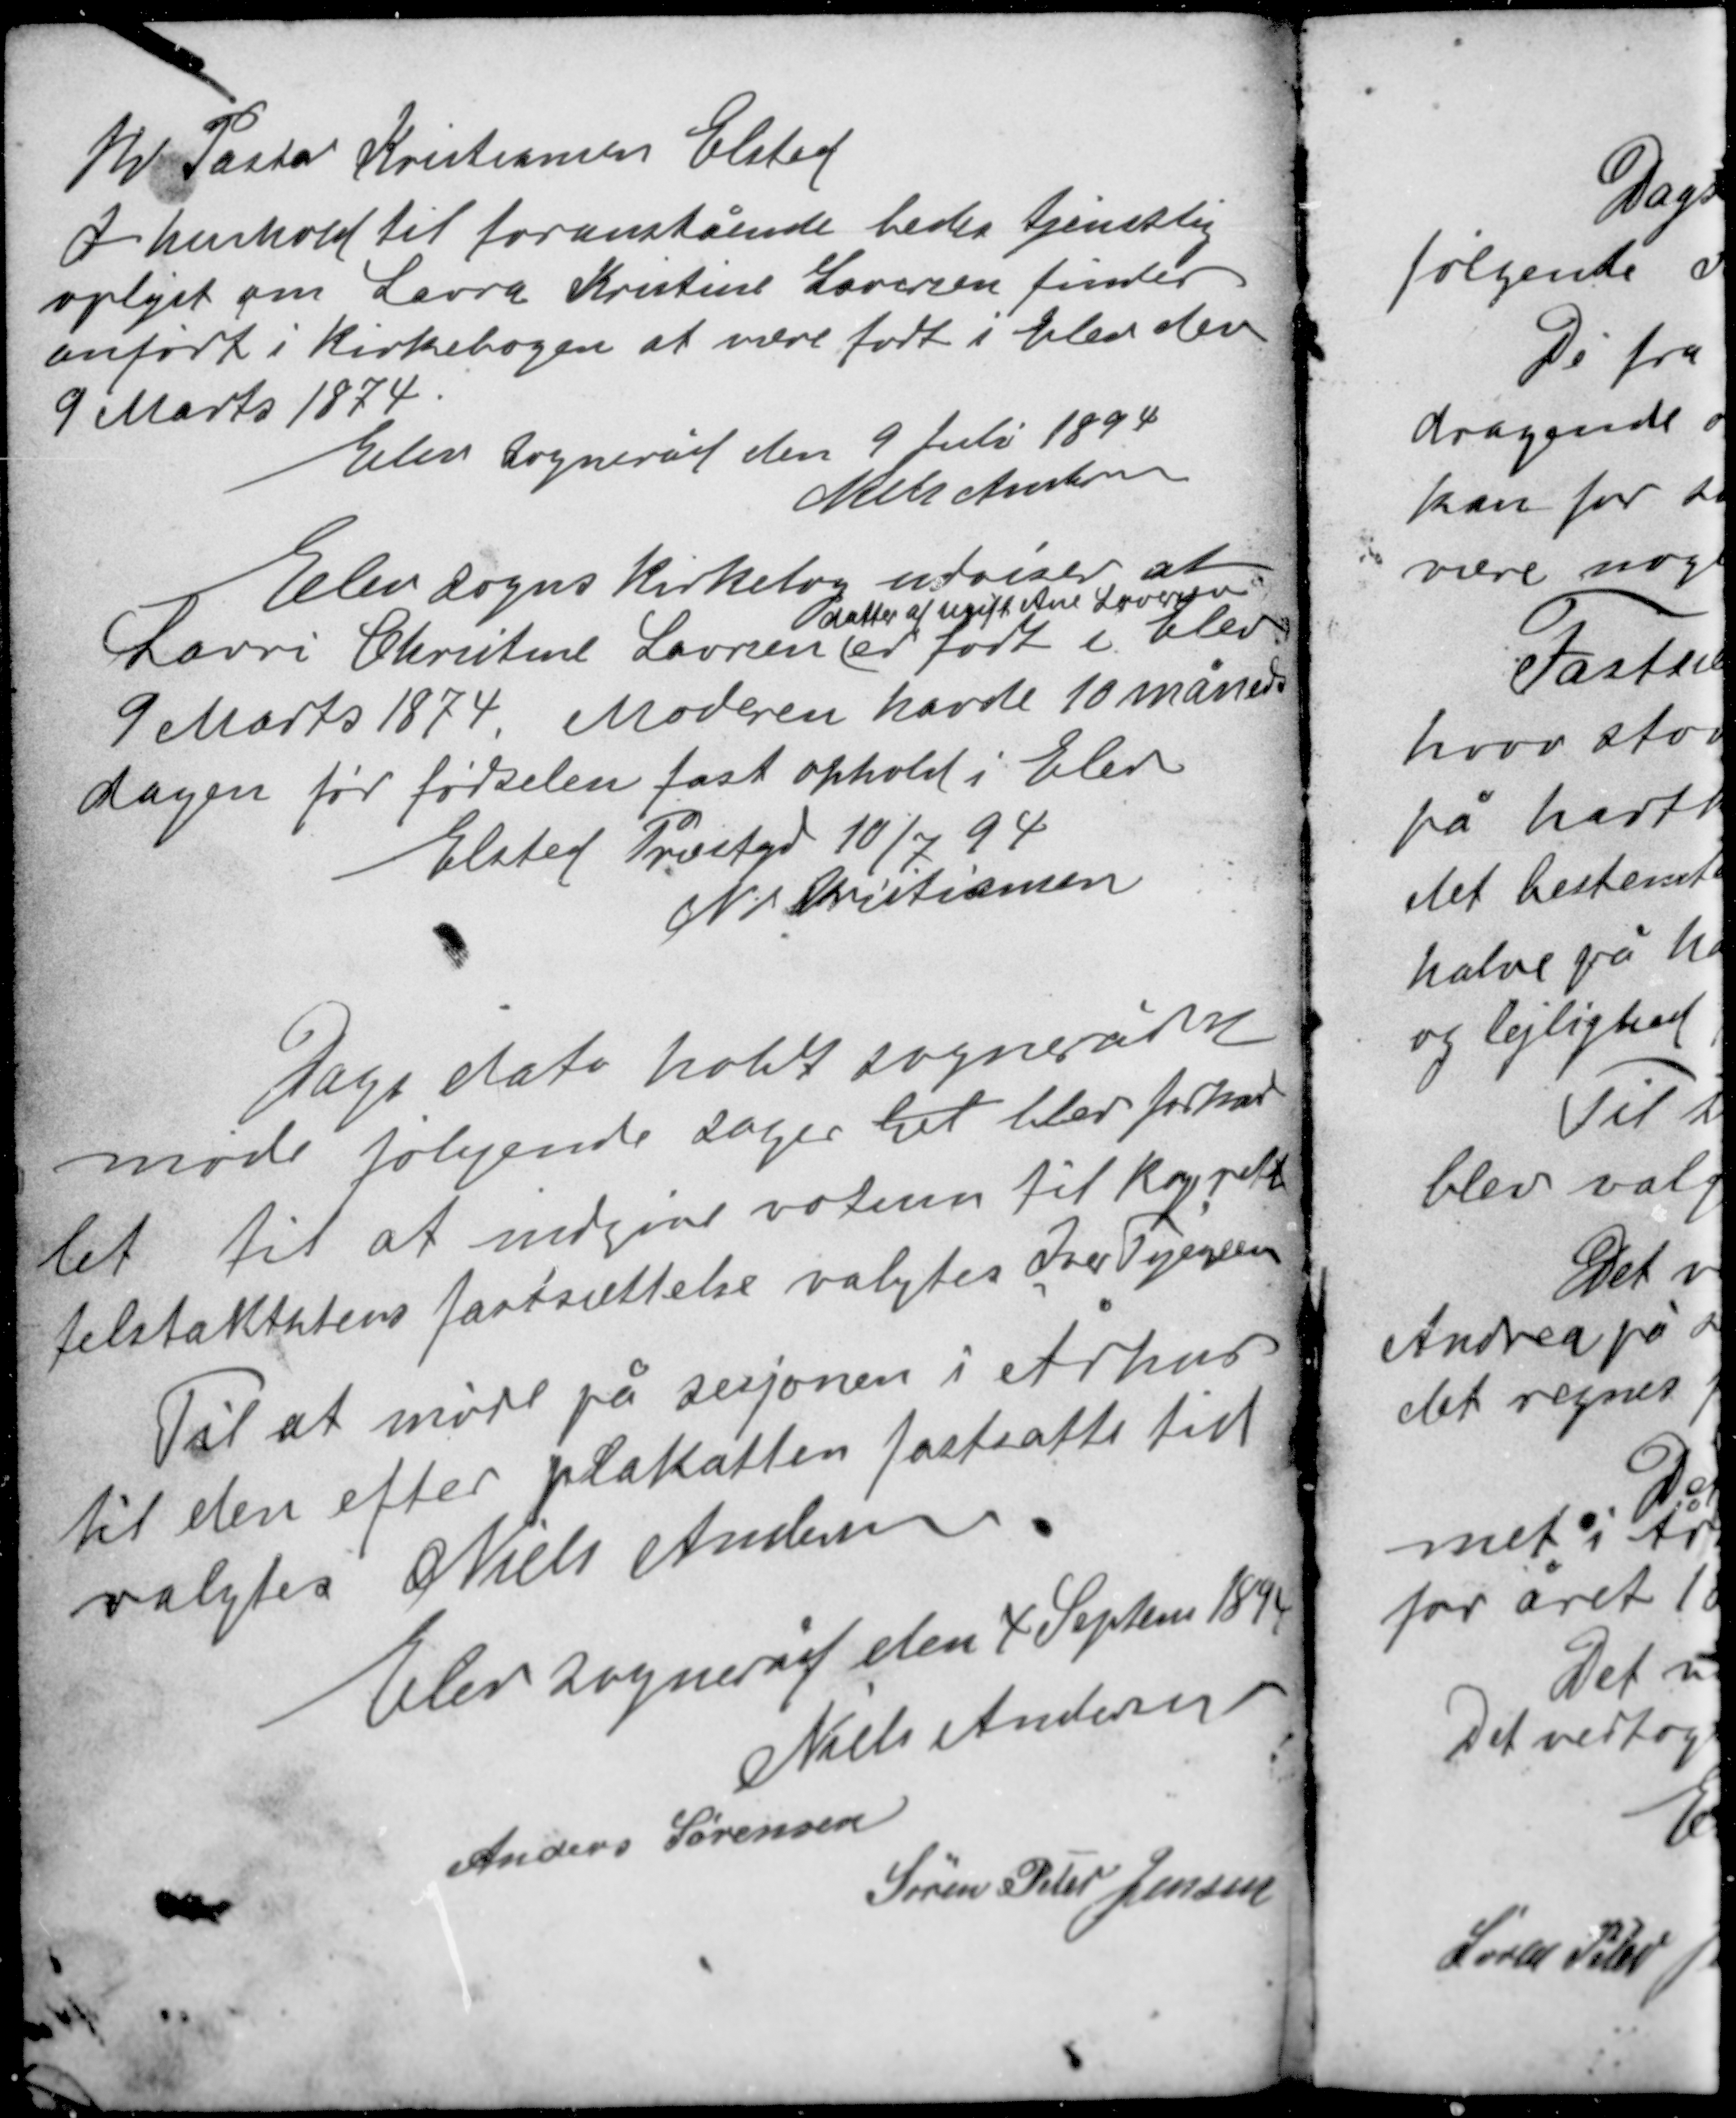
Transskription:
Hr Pastor Kristiansen Elsted
I henhold til foranstående bedes tjenstlig
oplyst om Laura Kristine Laversen findes
anført i Kirkebogen at være født i Elev den
9 Marts 1874.
Elev sogneråd den 9 Juli 1894
Niels Andersen

Elev sogns Kirkebog udviser at
datter af ugift Ane Laversen
Lavri Christine Laversen er født i Elev
9 Marts 1874. Moderen havde 10 måneders
dagen før fødselen fast ophold i Elev
Elsted Præstegd 10/7 94
N B Christiansen

Dags dato holdt sognerådet
møde følgende sager hel blev forhand-
let til at indgive votum til koprett-
telstakthtens fastsættelse valgtes Iver Tygesen
Til at møde på sesjonen i Århus
til den efter plakatten fastsatte tid
valgtes Niels Andersen.

Elev sogneråd den 4 September 1894
Niels Andersen
Anders Sørensen
Søren Peter Jensen